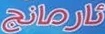
ئارمانج